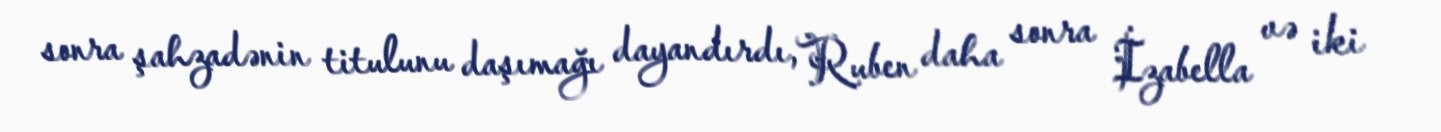
sonra şahzadənin titulunu daşımağı dayandırdı, Ruben daha sonra İzabella və iki